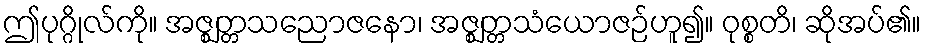
ဤပုဂ္ဂိုလ်ကို။ အဇ္ဈတ္တသညောဇနော၊ အဇ္ဈတ္တသံယောဇဉ်ဟူ၍။ ဝုစ္စတိ၊ ဆိုအပ်၏။